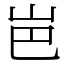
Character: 岜